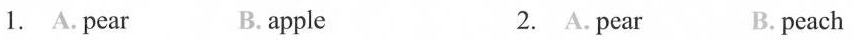
1. A. pear B. apple 2. A. pear B. peach